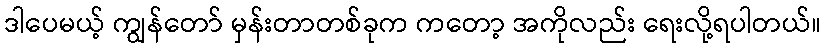
ဒါပေမယ့် ကျွန်တော် မှန်းတာတစ်ခုက ကတော့ အကိုလည်း ရေးလို့ရပါတယ်။